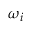
\omega _ { i }